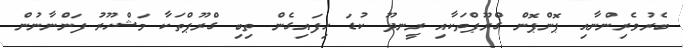
ބެރުވެރިންނާއި ޕޮންޕޮން ގްރޫޕްތަކާއި ރީނދޫ ކުޑަ ހިފައިގެން ތިބި ގްރޫޕްތަކާ މަޝްހޫރު ފަންނާނުން